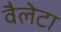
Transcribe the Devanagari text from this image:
वैलेटा